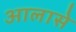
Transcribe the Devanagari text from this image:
आलासे